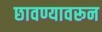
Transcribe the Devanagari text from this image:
छावण्यावरून